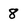
Character: 8